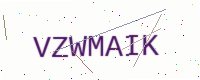
Text: VZWMAIK